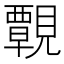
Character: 䚓